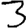
Digit: 3